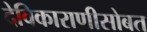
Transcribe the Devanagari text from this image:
देविकाराणीसोबत